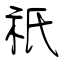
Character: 祇